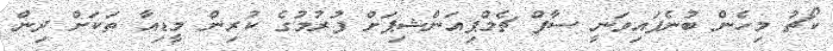
ކޯޗު މިހެން ބުނެފައިވަނީ ސާފް ޗެމްޕިއަންޝިޕަށް ފުރުމުގެ ކުރިން މީޑިއާ ތަކަށް ދިން